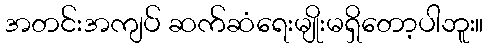
အတင်းအကျပ် ဆက်ဆံရေးမျိုးမရှိတော့ပါဘူး။